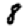
Digit: 8